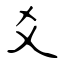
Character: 爻